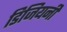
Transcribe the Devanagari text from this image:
डिजियनी